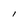
Character: I